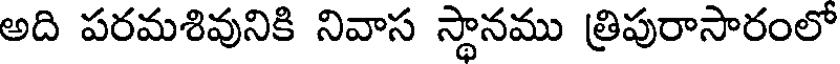
అది పరమశివునికి నివాస స్థానము త్రిపురాసారంలో